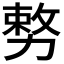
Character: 𭄺